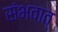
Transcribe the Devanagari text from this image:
संभवात्‌